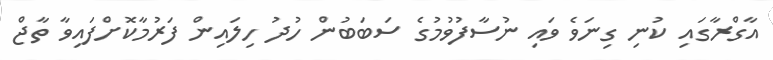
އާގްރާގައި ކުނި ގިނަވެ ވައި ނުސާފުވުމުގެ ސަބަބުން ހުދު ހިލައިން ފަރުމާކޮށްފައިވާ ތާޖް